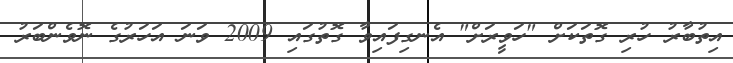
އިތުބާރު ހުރި ގޮތަކަށް "ހަވީރަށް" އެނގިފައިވާ ގޮތުގައި 2009 ވަނަ އަހަރުގެ ނޮވެންބަރު